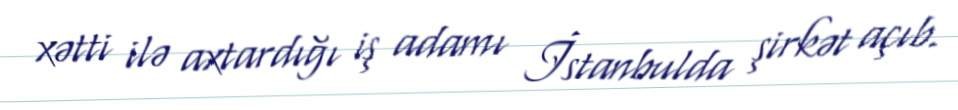
xətti ilə axtardığı iş adamı İstanbulda şirkət açıb.